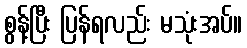
စွန့်ပြီး ပြန်ရလည်း မသုံးအပ်။